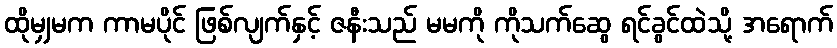
ထိုမျှမက ကာမပိုင် ဖြစ်လျက်နှင့် ဇနီးသည် မမကို ကိုသက်ဆွေ ရင်ခွင်ထဲသို့ အရောက်